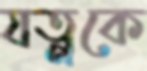
যত্নকে